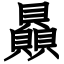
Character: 贔